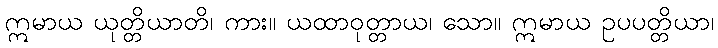
ဣမာယ ယုတ္တိယာတိ၊ ကား။ ယထာဝုတ္တာယ၊ သော။ ဣမာယ ဥပပတ္တိယာ၊